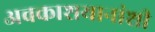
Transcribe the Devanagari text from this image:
अवकाशयानांशी